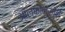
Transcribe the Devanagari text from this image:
आल्फोन्सोने